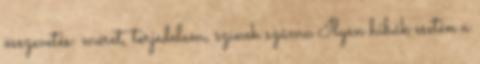
összevetés: méret, terjedelem, színek száma Ilyen hibák esetén a